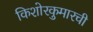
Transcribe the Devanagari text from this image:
किशोरकुमारची